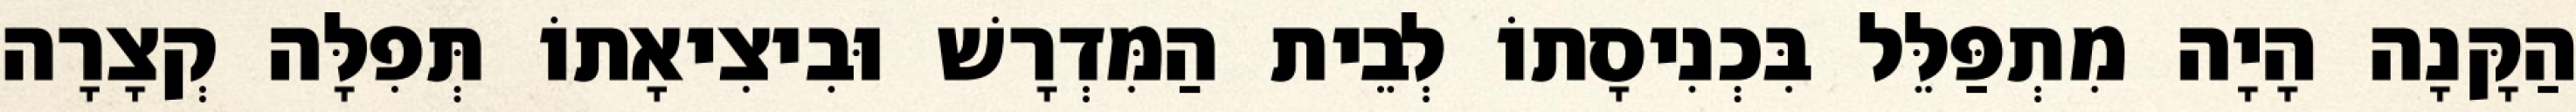
הַקָּנָה הָיָה מִתְפַּלֵּל בִּכְנִיסָתוֹ לְבֵית הַמִּדְרָשׁ וּבִיצִיאָתוֹ תְּפִלָּה קְצָרָה